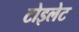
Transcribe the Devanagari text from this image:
टोइलेट